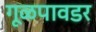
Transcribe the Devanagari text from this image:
गूळपावडर